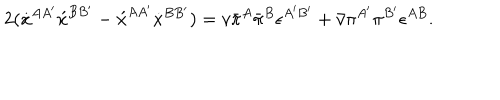
LaTeX: 2 ( \dot { x } ^ { A A ^ { \prime } } \acute { x } ^ { B B ^ { \prime } } - \acute { x } ^ { A A ^ { \prime } } \dot { x } ^ { B B ^ { \prime } } ) = v \bar { \pi } ^ { A } \bar { \pi } ^ { B } \epsilon ^ { A ^ { \prime } B ^ { \prime } } + \bar { v } \pi ^ { A ^ { \prime } } \pi ^ { B ^ { \prime } } \epsilon ^ { A B } .